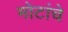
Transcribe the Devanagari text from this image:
मोटांचे